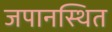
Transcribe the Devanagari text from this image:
जपानस्थित